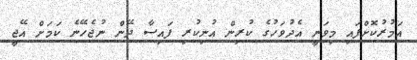
އަމުރުކޮށްފައި މިވަނީ އެދުވަހުގެ ކުރިން އުނިކުރި ފައިސާ ދޭން ނުޖެހޭނެ ކަމަށް އޭޖީ